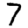
Digit: 7